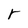
Character: r